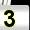
Digit: 3